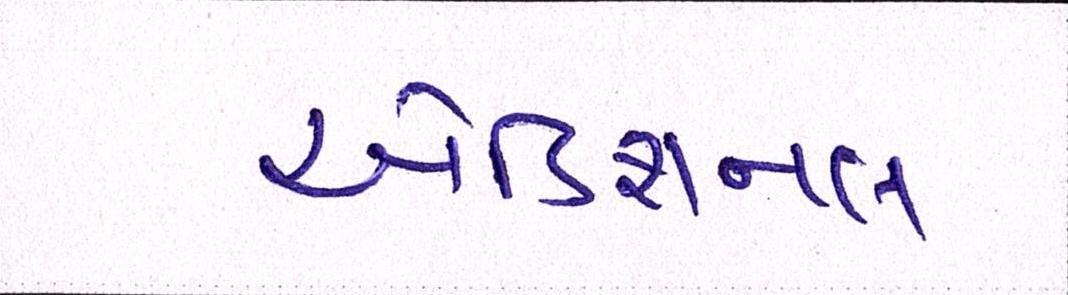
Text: એડિશનલ